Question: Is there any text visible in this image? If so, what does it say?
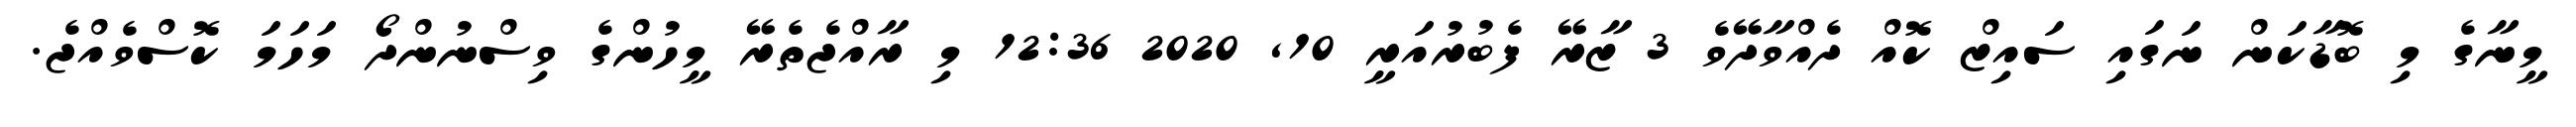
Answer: މީނާގެ މި ބޮޑާކަން ނަގައި ސައިޒް ކޮއް ދެއްވާދޭވެ 3 ޒާރޭ ފެބުރުއަރީ 10, 2020 12:36 މި ރާއްޖެތެރޭ މީހުންގެ ވިސްނުންދޯ މަހަމަ ކޮސްވެއްޖެ.